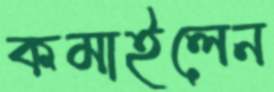
কমাইলেন